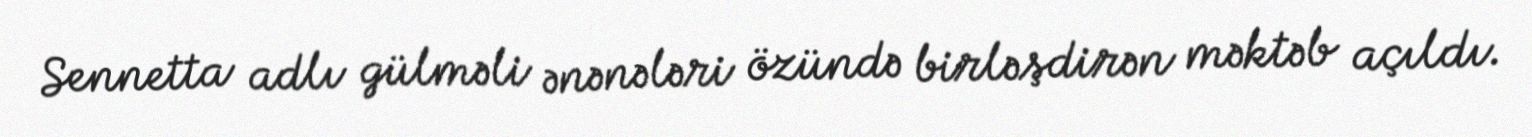
Sennetta adlı gülməli ənənələri özündə birləşdirən məktəb açıldı.